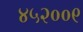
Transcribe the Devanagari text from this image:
४५२००९